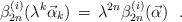
\begin{align*}\beta_{2n}^{(i)} ( \lambda^{k} {\vec \alpha}_{k} )\, = \, \lambda^{2n} \beta_{2n}^{(i)} ({\vec \alpha}) \,\,\,\,.\end{align*}